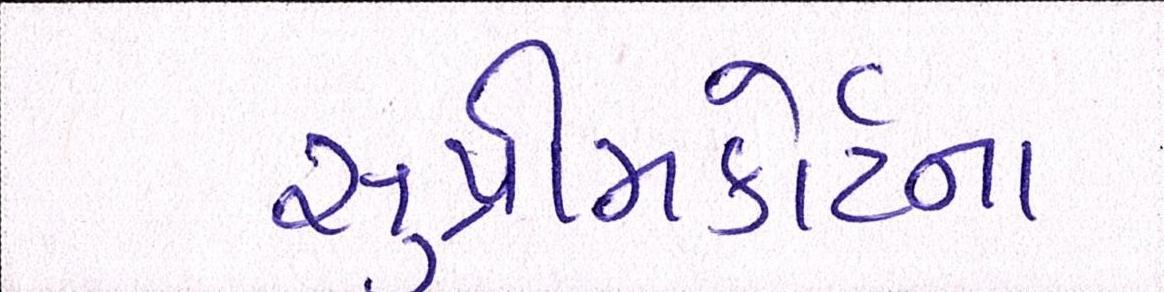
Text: સુપ્રીમકોર્ટના